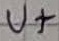
Text: U+